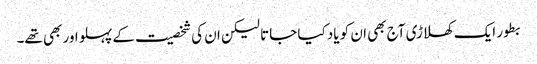
بطور ایک کھلاڑی آج بھی ان کو یاد کیا جاتا لیکن ان کی شخصیت کے پہلو اور بھی تھے۔